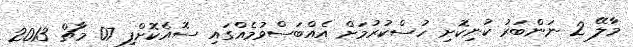
މާލޭ 2 ނަންބަރު ކުނިކޮށި ހުސްކުރުމަށް އެއްބަސްވުމެއްގައި ސޮއެކޮށްފި 07 މާޗް 2013